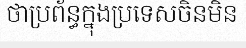
ថាប្រព័ន្ធក្នុងប្រទេសចិនមិន